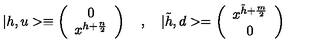
| h , u > \equiv \left( \begin{array} { c } { 0 } \\ { x ^ { h + { \frac { n } { 2 } } } } \\ \end{array} \right) \quad , \quad | \tilde { h } , d > = \left( \begin{array} { c } { x ^ { \tilde { h } + { \frac { m } { 2 } } } } \\ { 0 } \\ \end{array} \right)